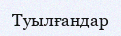
Туылғандар